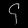
Digit: ၄